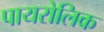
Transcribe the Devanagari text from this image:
पायरोलिक